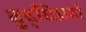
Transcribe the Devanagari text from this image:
बुद्धिप्रदां